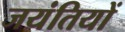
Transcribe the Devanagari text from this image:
जयंतियों